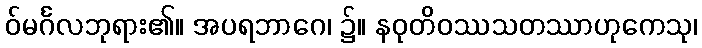
ဝ်မင်္ဂလဘုရား၏။ အပရဘာဂေ၊ ၌။ နဝုတိဝဿသတဿာဟုကေသု၊